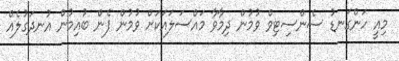
މިއީ ހަންގަނޑު ސެންސިޓިވް ވުމުން ދިމާވާ މައްސަލައަކަށް ވުމުން ފެން ބުއިމުން އުނދަގުލެއް